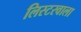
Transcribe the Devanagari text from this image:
लिस्टरवाला